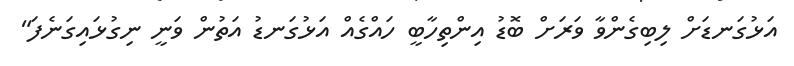
އަޅުގަނޑަށް ލިބިގެންވާ ވަރަށް ބޮޑު އިންތިހާބީ ހައްގެއް އަޅުގަނޑު އަތުން ވަނީ ނިގުޅައިގަނެފަ"